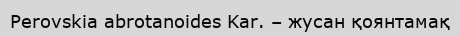
Perovskia abrotanoides Kar. – жусан қоянтамақ